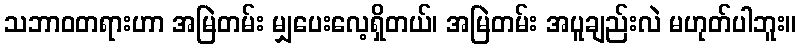
သဘာဝတရားဟာ အမြဲတမ်း မျှပေးလေ့ရှိတယ်၊ အမြဲတမ်း အပူချည်းလဲ မဟုတ်ပါဘူး။